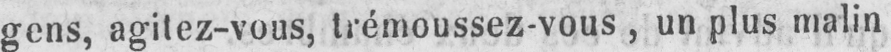
gens, agitez-vous, trémoussez-vous, un plus malin